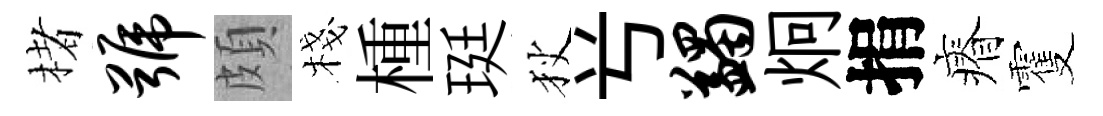
楮号頗棧㮔珽狄𠔃蠲炯捐瘠䨥